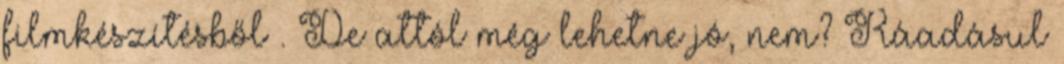
filmkészítésből . De attól még lehetne jó, nem? Ráadásul